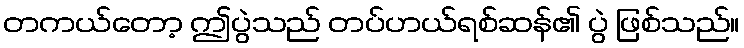
တကယ်တော့ ဤပွဲသည် တပ်ဟယ်ရစ်ဆန်၏ ပွဲ ဖြစ်သည်။